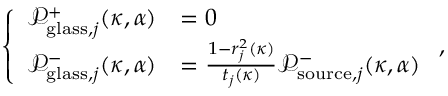
\left\{ \begin{array} { l l } { \mathcal { P } _ { \mathrm { g l a s s } , j } ^ { + } ( \kappa , \alpha ) } & { = 0 } \\ { \mathcal { P } _ { \mathrm { g l a s s } , j } ^ { - } ( \kappa , \alpha ) } & { = \frac { 1 - r _ { j } ^ { 2 } ( \kappa ) } { t _ { j } ( \kappa ) } \mathcal { P } _ { \mathrm { s o u r c e } , j } ^ { - } ( \kappa , \alpha ) } \end{array} \right. ,